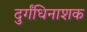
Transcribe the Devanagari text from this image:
दुर्गंधिनाशक